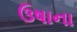
ઉષાના